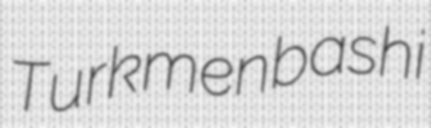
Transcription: Turkmenbashi